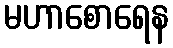
မဟာစောရေန